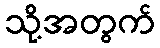
သို့အတွက်